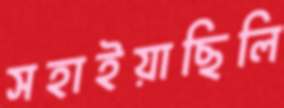
সহাইয়াছিলি